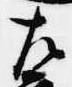
左